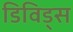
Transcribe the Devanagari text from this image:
डिविड्स